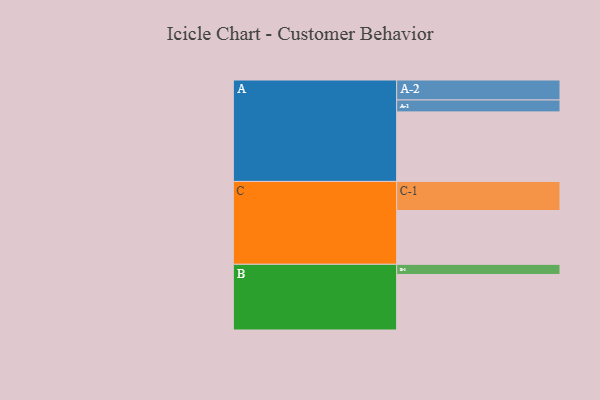
{"axis": {"x": "Segment", "y": "Value"}, "legend": ["", "A", "B", "C"], "data": [{"x": "A", "y": 397, "type": ""}, {"x": "B", "y": 317, "type": ""}, {"x": "C", "y": 307, "type": ""}, {"x": "A-1", "y": 68, "type": "A"}, {"x": "A-2", "y": 114, "type": "A"}, {"x": "B-1", "y": 58, "type": "B"}, {"x": "C-1", "y": 166, "type": "C"}]}